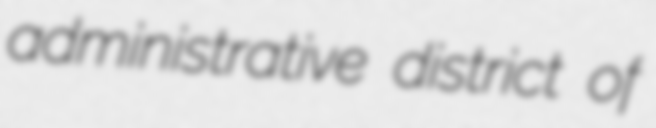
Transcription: administrative district of